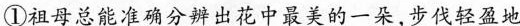
①祖母总能准确分辨出花中最美的一朵，步伐轻盈地